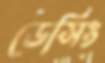
ডেসিং